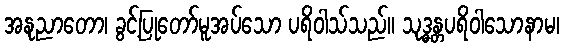
အနုညာတော၊ ခွင့်ပြုတော်မူအပ်သော ပရိဝါသ်သည်။ သုဒ္ဓန္တပရိဝါသောနာမ၊